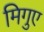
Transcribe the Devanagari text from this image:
मिगुए